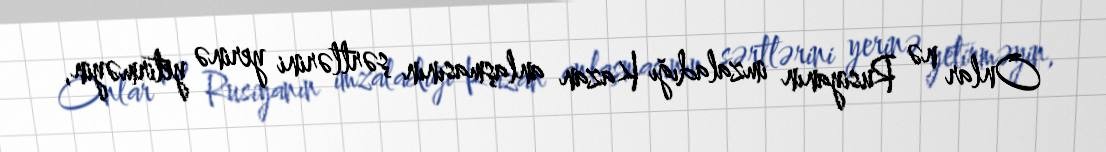
Onlar nə Rusiyanın imzaladığı Kazan anlaşmasının şərtlərini yerinə yetirməyin,